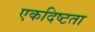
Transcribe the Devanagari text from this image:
एकदिष्टता